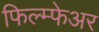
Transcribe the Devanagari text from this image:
फिल्म्फेअर